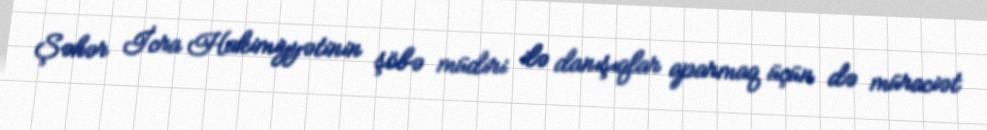
Şəhər İcra Hakimiyyətinin şöbə müdiri ilə danışıqlar aparmaq üçün də müraciət